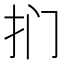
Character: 扪